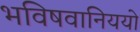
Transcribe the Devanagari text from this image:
भविषवानिययो